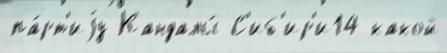
па́рт'иjу Кандалы́ С'иб'ир'и14 какой